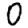
Digit: 0